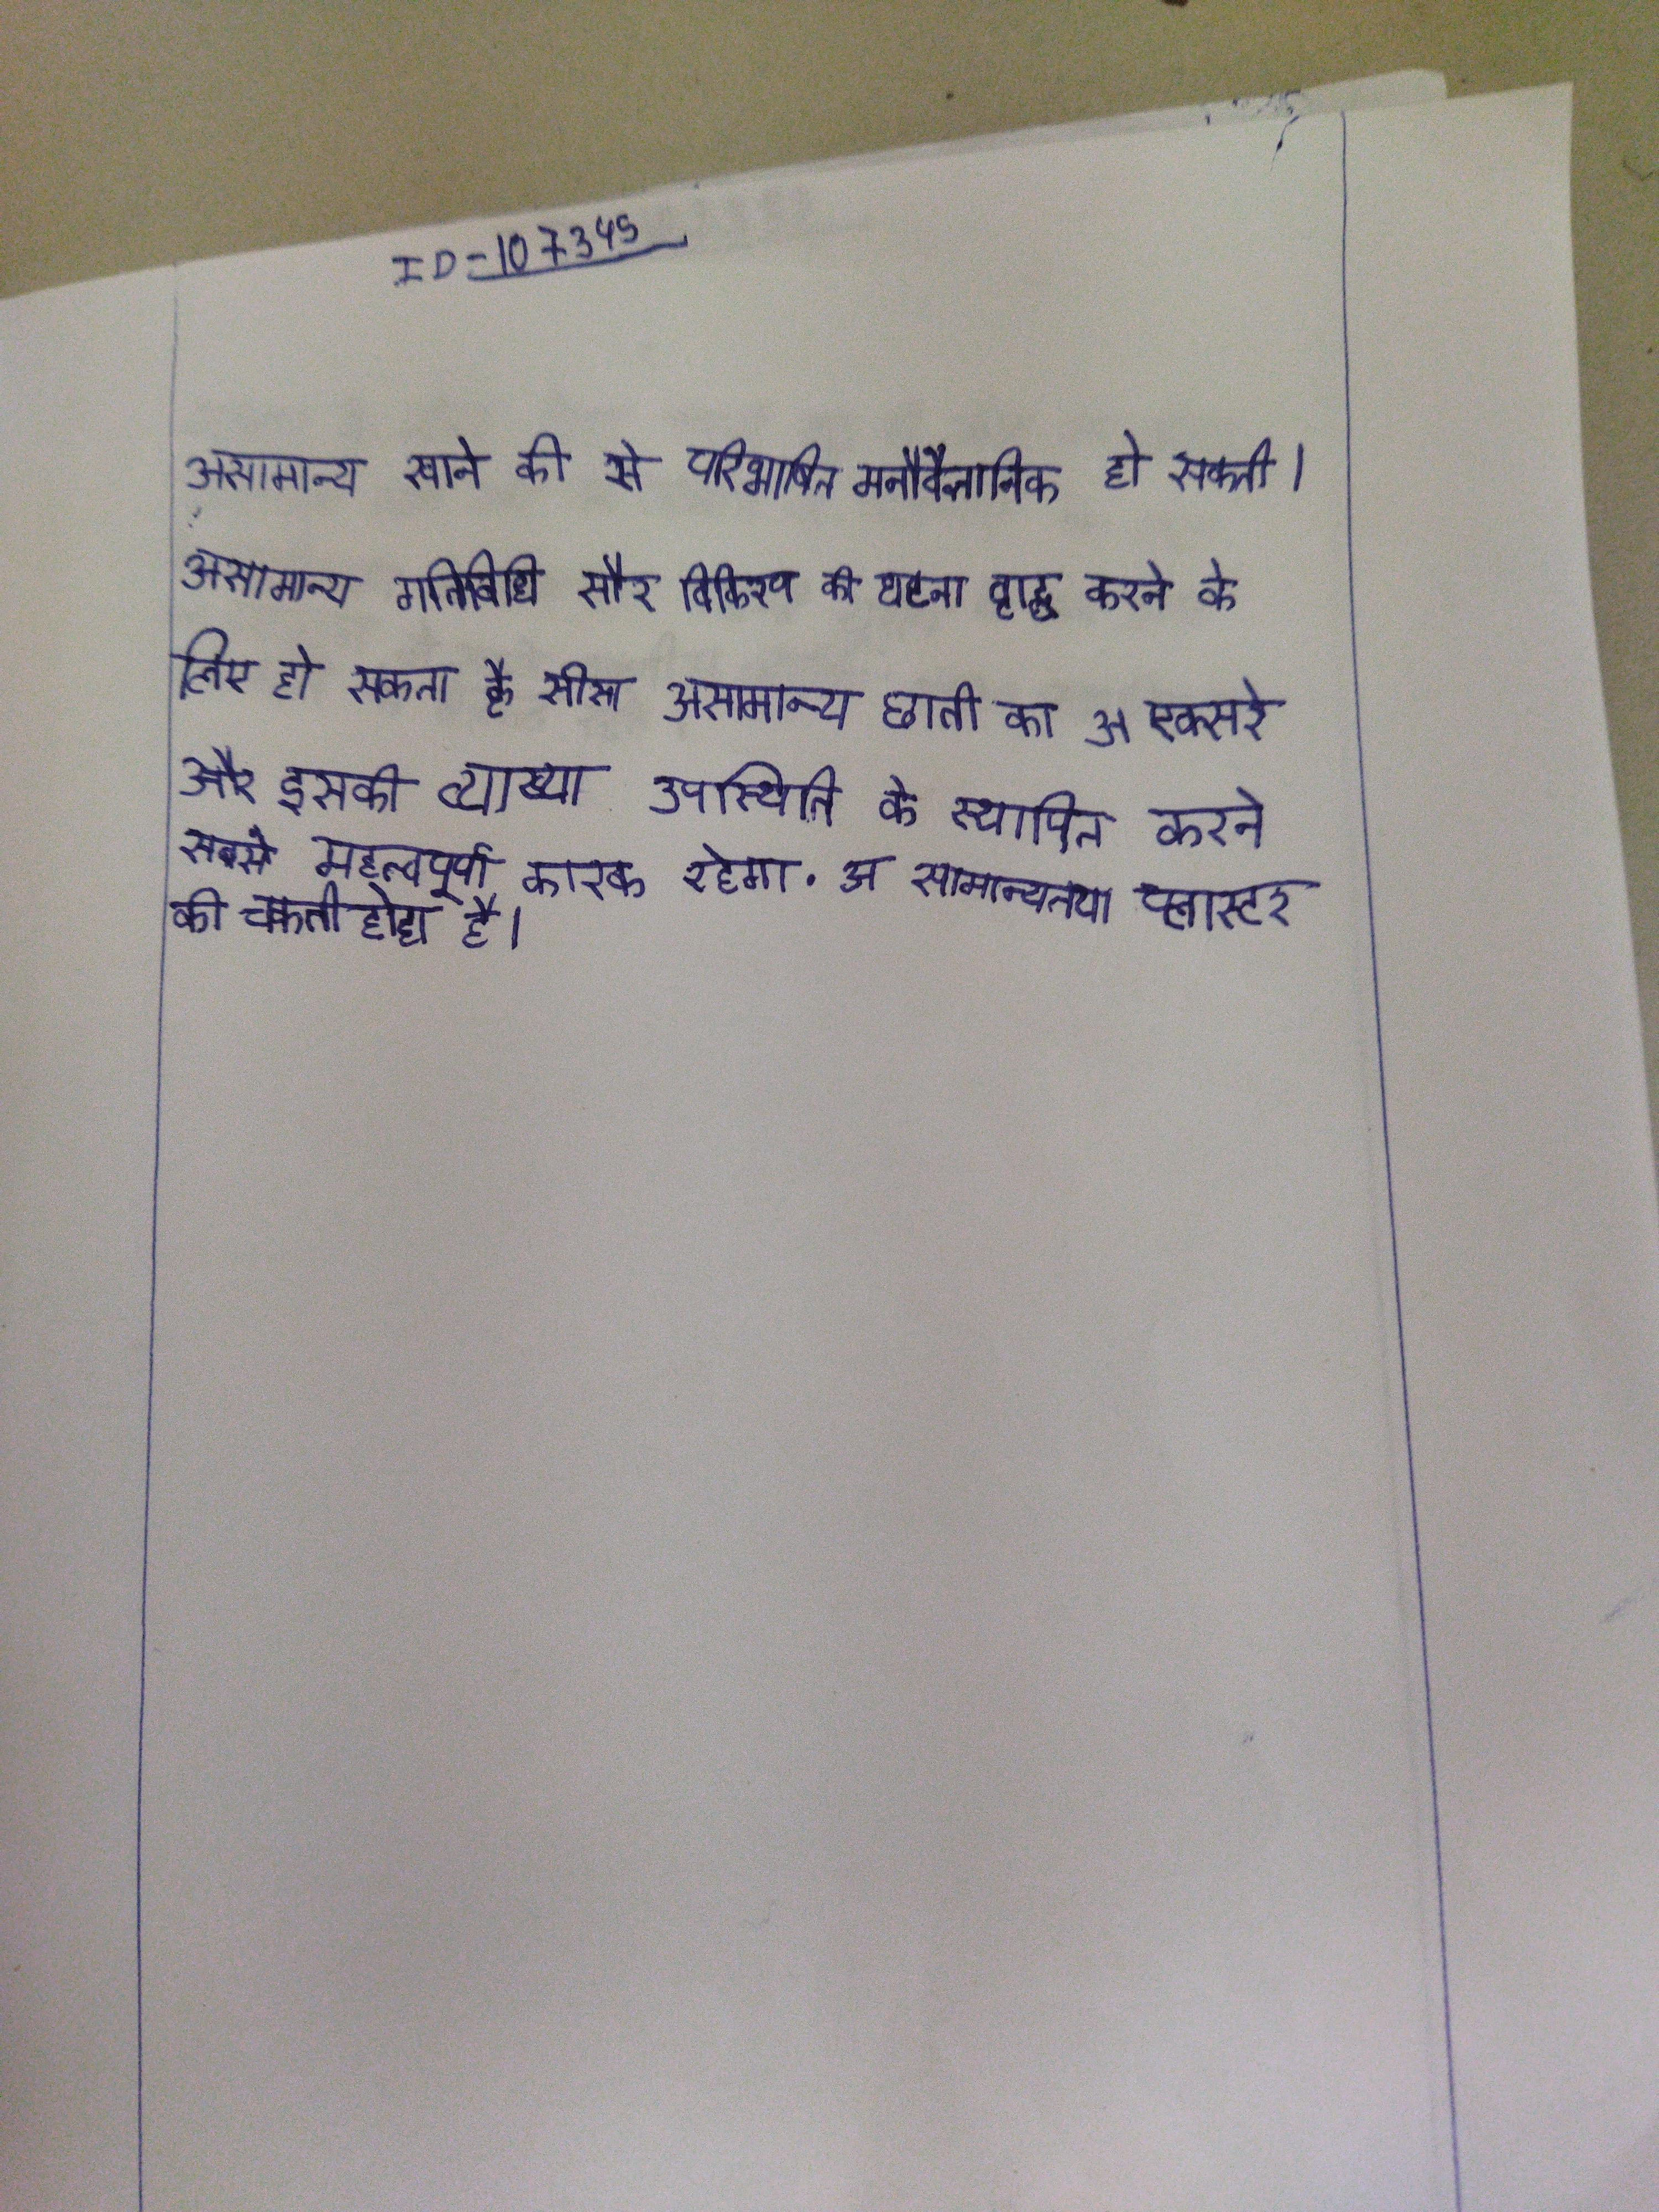
असामान्य खाने की से परिभाषित मनोवैज्ञानिक हो सकती । असामान्य गतिविधि सौर विकिरण की घटना वृद्धि करने के लिए हो सकता है सीसा . असामान्य छाती का एक्सरे और इसकी व्याख्या उपस्थिति के स्थापित करने सबसे महत्वपूर्ण कारक रहेगा . अ सामान्यतया प्लास्टर की चकती होता है ।